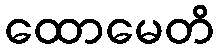
ထောမေတိ